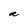
Character: a